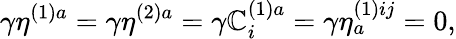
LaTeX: \gamma\eta^{(1)a}=\gamma\eta^{(2)a}=\gamma\mathbb{C}_{i}^{(1)a}=\gamma\eta_{a}^{(1)ij}=0,